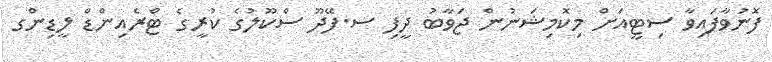
ފޮނުވާފައިވާ ސިޓީއަށް މިކޮމިޝަނުން ޖަވާބު ދީފި ސ.ފޭދޫ ސްކޫލުގެ ކުރީގެ ޓްރެއިންޑް ލީޑިންގ